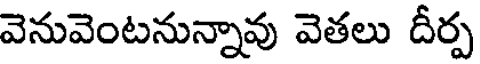
వెనువెంటనున్నావు వెతలు దీర్ప